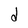
Character: d